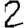
Digit: 2